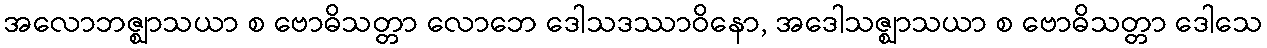
အလောဘဇ္ဈာသယာ စ ဗောဓိသတ္တာ လောဘေ ဒေါသဒဿာဝိနော, အဒေါသဇ္ဈာသယာ စ ဗောဓိသတ္တာ ဒေါသေ